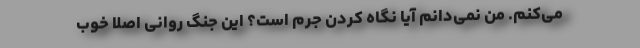
می‌کنم. من نمی‌دانم آیا نگاه کردن جرم است؟ این جنگ روانی اصلا خوب